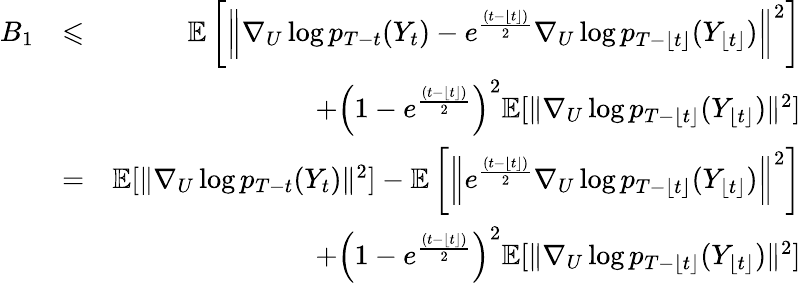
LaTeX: \begin{array}{rlr}{B_{1}}&{\leqslant}&{\mathbb{E}\left[\left\| \nabla_{U}\log p_{T-t}(Y_{t})-e^{\frac{(t-\lfloor t\rfloor)}{2}}\nabla_{U}\log p_{T-\lfloor t\rfloor}(Y_{\lfloor t\rfloor})\right\| ^{2}\right]}\\ &{}&{+\left(1-e^{\frac{(t-\lfloor t\rfloor)}{2}}\right)^{2}\mathbb{E}[\| \nabla_{U}\log p_{T-\lfloor t\rfloor}(Y_{\lfloor t\rfloor})\| ^{2}]}\\ &{=}&{\mathbb{E}[\| \nabla_{U}\log p_{T-t}(Y_{t})\| ^{2}]-\mathbb{E}\left[\left\| e^{\frac{(t-\lfloor t\rfloor)}{2}}\nabla_{U}\log p_{T-\lfloor t\rfloor}(Y_{\lfloor t\rfloor})\right\| ^{2}\right]}\\ &{}&{+\left(1-e^{\frac{(t-\lfloor t\rfloor)}{2}}\right)^{2}\mathbb{E}[\| \nabla_{U}\log p_{T-\lfloor t\rfloor}(Y_{\lfloor t\rfloor})\| ^{2}]}\end{array}